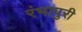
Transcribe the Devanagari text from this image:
रंभापुरी